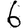
Digit: 6